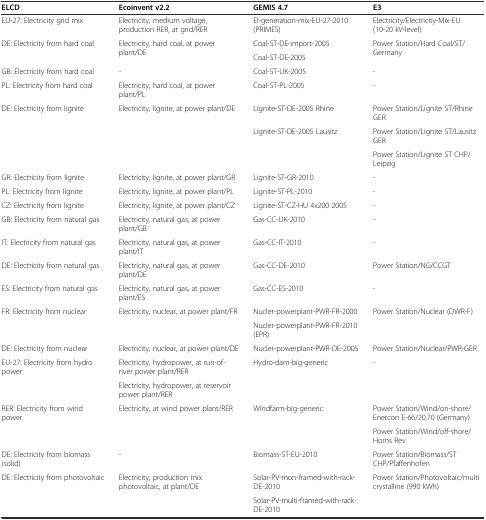
<table><thead><tr><td><b>ELCD</b></td><td><b>Ecoinvent v2.2</b></td><td><b>GEMIS 4.7</b></td><td><b>E3</b></td></tr></thead><tbody><tr><td>EU-27: Electricity grid mix</td><td>Electricity, medium voltage, production RER, at grid/RER</td><td>El-generation-mix-EU-27-2010 (PRIMES)</td><td>Electricity/Electricity-Mix-EU (10-20 kV-level)</td></tr><tr><td rowspan="2">DE: Electricity from hard coal</td><td rowspan="2">Electricity, hard coal, at power plant/DE</td><td>Coal-ST-DE-import-2005</td><td rowspan="2">Power Station/Hard Coal/ST/Germany</td></tr><tr><td>Coal-ST-DE-2005</td></tr><tr><td>GB: Electricity from hard coal</td><td>-</td><td>Coal-ST-UK-2005</td><td>-</td></tr><tr><td>PL: Electricity from hard coal</td><td>Electricity, hard coal, at power plant/PL</td><td>Coal-ST-PL-2005</td><td>-</td></tr><tr><td rowspan="3">DE: Electricity from lignite</td><td rowspan="3">Electricity, lignite, at power plant/DE</td><td>Lignite-ST-DE-2005 Rhine</td><td>Power Station/Lignite ST/Rhine GER</td></tr><tr><td rowspan="2">Lignite-ST-DE-2005 Lausitz</td><td>Power Station/Lignite ST/Lausitz GER</td></tr><tr><td>Power Station/Lignite ST CHP/Leipzig</td></tr><tr><td>GR: Electricity from lignite</td><td>Electricity, lignite, at power plant/GR</td><td>Lignite-ST-GR-2010</td><td>-</td></tr><tr><td>PL: Electricity from lignite</td><td>Electricity, lignite, at power plant/PL</td><td>Lignite-ST-PL-2010</td><td>-</td></tr><tr><td>CZ: Electricity from lignite</td><td>Electricity, lignite, at power plant/CZ</td><td>Lignite-ST-CZ-HU 4x200 2005</td><td>-</td></tr><tr><td>GB: Electricity from natural gas</td><td>Electricity, natural gas, at power plant/GB</td><td>Gas-CC-UK-2010</td><td>-</td></tr><tr><td>IT: Electricity from natural gas</td><td>Electricity, natural gas, at power plant/IT</td><td>Gas-CC-IT-2010</td><td>-</td></tr><tr><td>DE: Electricity from natural gas</td><td>Electricity, natural gas, at power plant/DE</td><td>Gas-CC-DE-2010</td><td>Power Station/NG/CCGT</td></tr><tr><td>ES: Electricity from natural gas</td><td>Electricity, natural gas, at power plant/ES</td><td>Gas-CC-ES-2010</td><td>-</td></tr><tr><td rowspan="2">FR: Electricity from nuclear</td><td rowspan="2">Electricity, nuclear, at power plant/FR</td><td>Nucler-powerplant-PWR-FR-2000</td><td rowspan="2">Power Station/Nuclear (DWR-F)</td></tr><tr><td>Nucler-powerplant-PWR-FR-2010 (EPR)</td></tr><tr><td>DE: Electricity from nuclear</td><td>Electricity, nuclear, at power plant/DE</td><td>Nucler-powerplant-PWR-DE-2005</td><td>Power Station/Nuclear/PWR-GER</td></tr><tr><td rowspan="2">EU-27: Electricity from hydro power</td><td>Electricity, hydropower, at run-of-river power plant/RER</td><td rowspan="2">Hydro-dam-big-generic</td><td rowspan="2">-</td></tr><tr><td>Electricity, hydropower, at reservoir power plant/RER</td></tr><tr><td rowspan="2">RER: Electricity from wind power</td><td rowspan="2">Electricity, at wind power plant/RER</td><td rowspan="2">Windfarm-big-generic</td><td>Power Station/Wind/on-shore/Enercon E-66/20.70 (Germany)</td></tr><tr><td>Power Station/Wind/off-shore/Horns Rev</td></tr><tr><td>DE: Electricity from biomass (solid)</td><td>-</td><td>Biomass-ST-EU-2010</td><td>Power Station/Biomass/STCHP/Pfaffenhofen</td></tr><tr><td rowspan="2">DE: Electricity from photovoltaic</td><td rowspan="2">Electricity, production mix photovoltaic, at plant/DE</td><td>Solar-PV-mon-framed-with-rack-DE-2010</td><td rowspan="2">Power Station/Photovoltaic/multi crystalline (990 kWh)</td></tr><tr><td>Solar-PV-multi-framed-with-rack-DE-2010</td></tr></tbody></table>